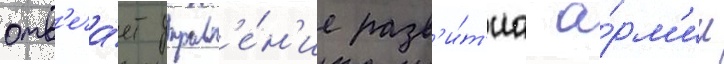
отв'еча́ет управл'е́н'ие разв'и́т'иа а́рм'ии